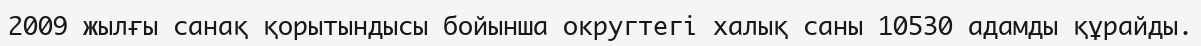
2009 жылғы санақ қорытындысы бойынша округтегі халық саны 10530 адамды құрайды.